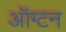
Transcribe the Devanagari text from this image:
ऑग्टन